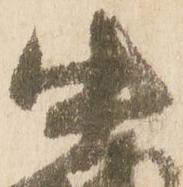
中